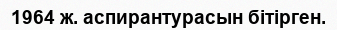
1964 ж. аспирантурасын бітірген.